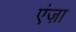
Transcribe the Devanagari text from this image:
एंज़ा